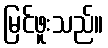
မြင်ဖူးသည်။